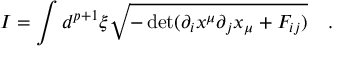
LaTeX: I = \int d ^ { p + 1 } \xi \sqrt { - \operatorname * { d e t } ( \partial _ { i } x ^ { \mu } \partial _ { j } x _ { \mu } + F _ { i j } ) } \quad .